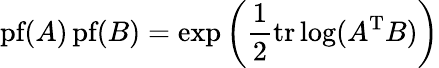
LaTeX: {\textrm{pf}}(A)\, {\textrm{pf}}(B)=\exp\left({\frac{1}{2}}\mathrm{tr}\log(A^{\mathrm{T}}B)\right)